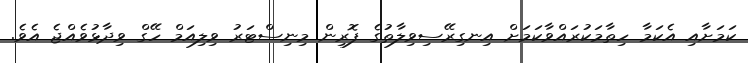
ކަމަށާއި އެކަމާ ހިތާމަކުރައްވާކަމަށް އިނގިރޭސިވިލާތުގެ ފޮރިން މިނިސްޓަރު ވިލިއަމް ހޭގް ވިދާޅުވެއްޖެ އެވެ.